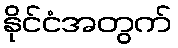
နိုင်ငံအတွက်